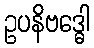
ဥပနိဗဒ္ဓေါ